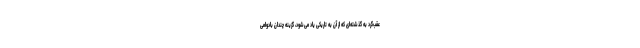
عقب‌گرد به گذشته‌ای که از آن به تاریکی یاد می‌شود، گزینه چندان بادوامی